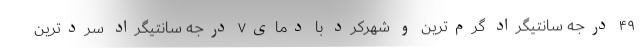
۴۹ درجه سانتیگراد گرم‌ترین و شهرکرد با دمای۷ درجه سانتیگراد سردترین